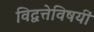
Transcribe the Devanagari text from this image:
विद्वत्तेविषयीं